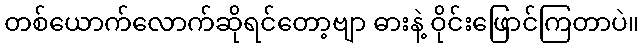
တစ်ယောက်လောက်ဆိုရင်တော့ဗျာ ဓားနဲ့ ဝိုင်းဖြောင်ကြတာပဲ။